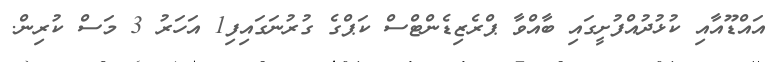
އައްޑޫއާއި ކުޅުދުއްފުށީގައި ބާއްވާ ޕްރެޒިޑެންޓްސް ކަޕްގެ ގުރުނަގައިފި1 އަހަރު 3 މަސް ކުރިން.